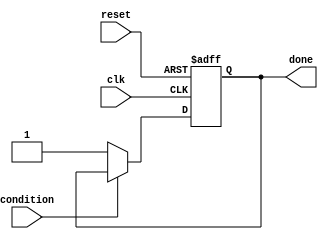
module Loop (
    input wire clk,
    input wire reset,
    input wire condition,
    output reg done
);
    
    reg [7:0] counter;
    
    always @(posedge clk or posedge reset) begin
        if (reset) begin
            counter <= 0;
            done <= 0;
        end else begin
            if (condition) begin
                // statements to be executed within the loop
                // increment counter
                counter <= counter + 1;
            end else begin
                done <= 1; // loop done
            end
        end
    end
endmodule